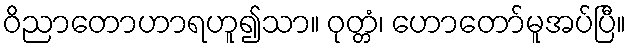
ဝိညာတောဟာရဟူ၍သာ။ ဝုတ္တံ၊ ဟောတော်မူအပ်ပြီ။